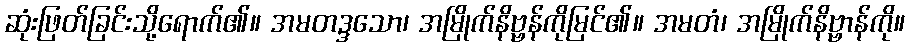
ဆုံးဖြတ်ခြင်းသို့ရောက်၏။ အမတဒ္ဒသော၊ အမြိုက်နိဗ္ဗန်ကိုမြင်၏။ အမတံ၊ အမြိုက်နိဗ္ဗာန်ကို။